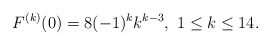
\begin{align*} F^{(k)}(0)=8(-1)^k k^{k-3},\ 1\leq k\leq 14.\end{align*}